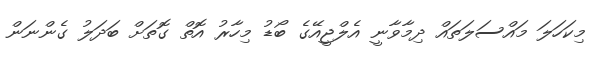
މިކަހަލަ މައްސަލަތައް ދިމާވާނީ އެލްޖީއޭގެ ބޯޑު މިހާރު އޮތް ގޮތަށް ބަދަލު ގެންނަން